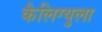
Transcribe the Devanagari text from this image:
कैलिग्युला